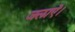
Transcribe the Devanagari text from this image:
जलाऎ।